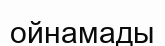
ойнамады